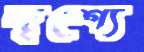
দৃশ্যে